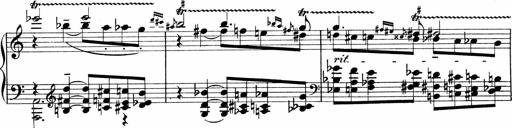
Title: Sonatina No.1
Composer: Otto Stoll
Key: C major